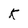
Character: K